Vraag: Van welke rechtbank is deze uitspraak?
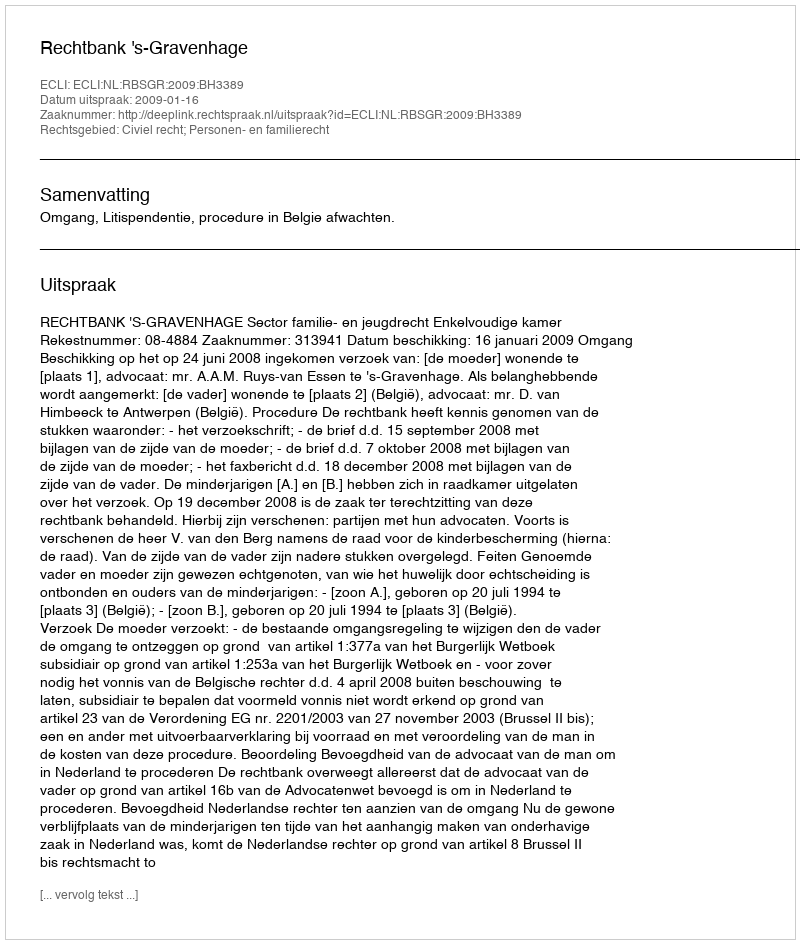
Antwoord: Rechtbank 's-Gravenhage